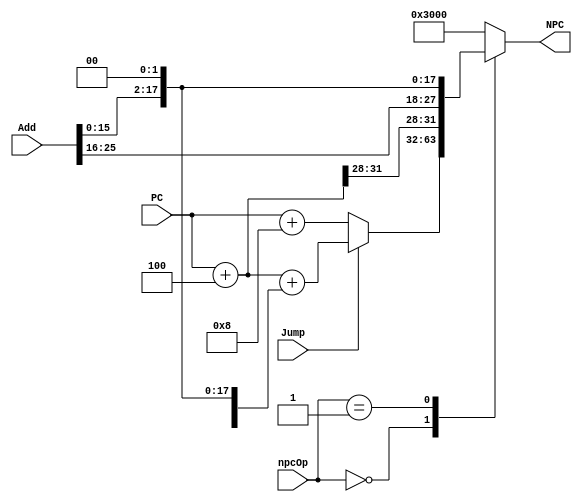
`timescale 1ns / 1ps
//////////////////////////////////////////////////////////////////////////////////
// Company: 
// Engineer: 
// 
// Design Name: 
// Module Name:    JExt 
// Project Name: 
// Target Devices: 
// Tool versions: 
// Description: 
//
// Dependencies: 
//
// Revision: 
// Revision 0.01 - File Created
// Additional Comments: 
//
//////////////////////////////////////////////////////////////////////////////////
module npc(
    input [31:0] PC,
    input [25:0] Add,
	 input [1:0] npcOp,
	 input Jump,
    output reg [31:0] NPC
    );

wire [31:0] PC4;
assign PC4 = PC + 4;

always @(*) begin
case (npcOp)
	0: begin
		if (Jump)
			NPC = PC + 4 + ({{16{Add[15]}}, Add[15:0]} << 2);
		else
			NPC = PC + 8;
	end
	1: NPC = {PC4[31:28], Add, 2'b00};
	default: NPC = 32'h3000;
endcase
end

endmodule